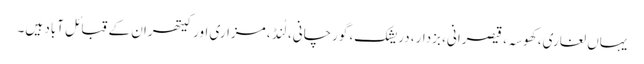
یہاں لغاری، کھوسہ، قیصرانی، بزدار، دریشک، گورچانی، لُنڈ، مزاری اور کیتھران کے قبائل آباد ہیں۔